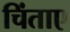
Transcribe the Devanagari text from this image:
चिंताए